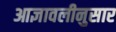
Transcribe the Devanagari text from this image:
आज्ञावलीनुसार